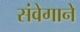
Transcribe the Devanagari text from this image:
संवेगाने